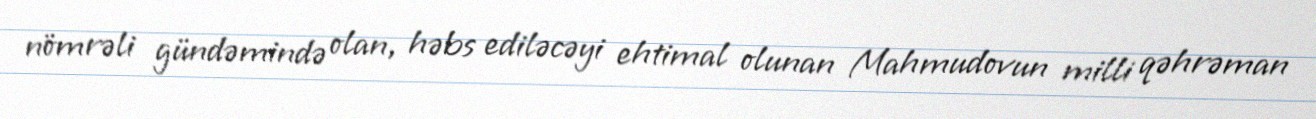
nömrəli gündəmində olan, həbs ediləcəyi ehtimal olunan Mahmudovun milli qəhrəman